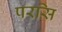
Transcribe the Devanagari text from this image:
परसि